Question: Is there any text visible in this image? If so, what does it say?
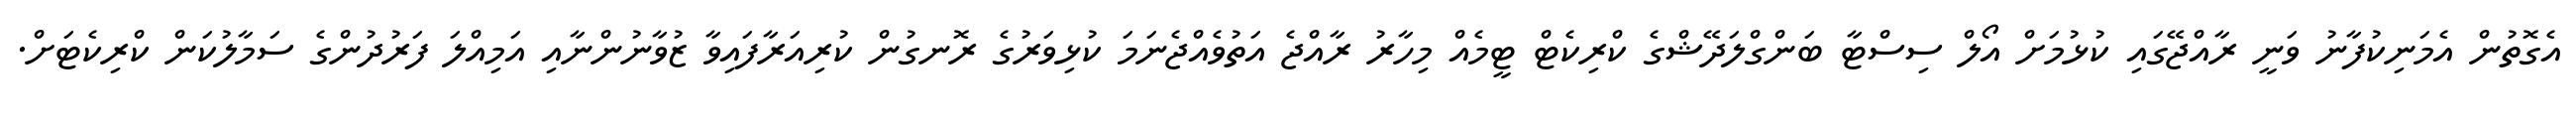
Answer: އެގޮތުން އެމަނިކުފާނު ވަނީ ރާއްޖޭގައި ކުޅުމަށް އޯލް ސިސްޓާ ބަންގްލަދޭޝްގެ ކްރިކެޓް ޓީމެއް މިހާރު ރާއްޖެ އަތުވެއްޖެނަމަ ކުޅިވަރުގެ ރޮނގުން ކުރިއަރާފައިވާ ޒުވާނުންނާއި އަމިއްލަ ފަރުދުންގެ ސަމާލުކަން ކްރިކެޓަށް.